Riigikantselei, lk 144
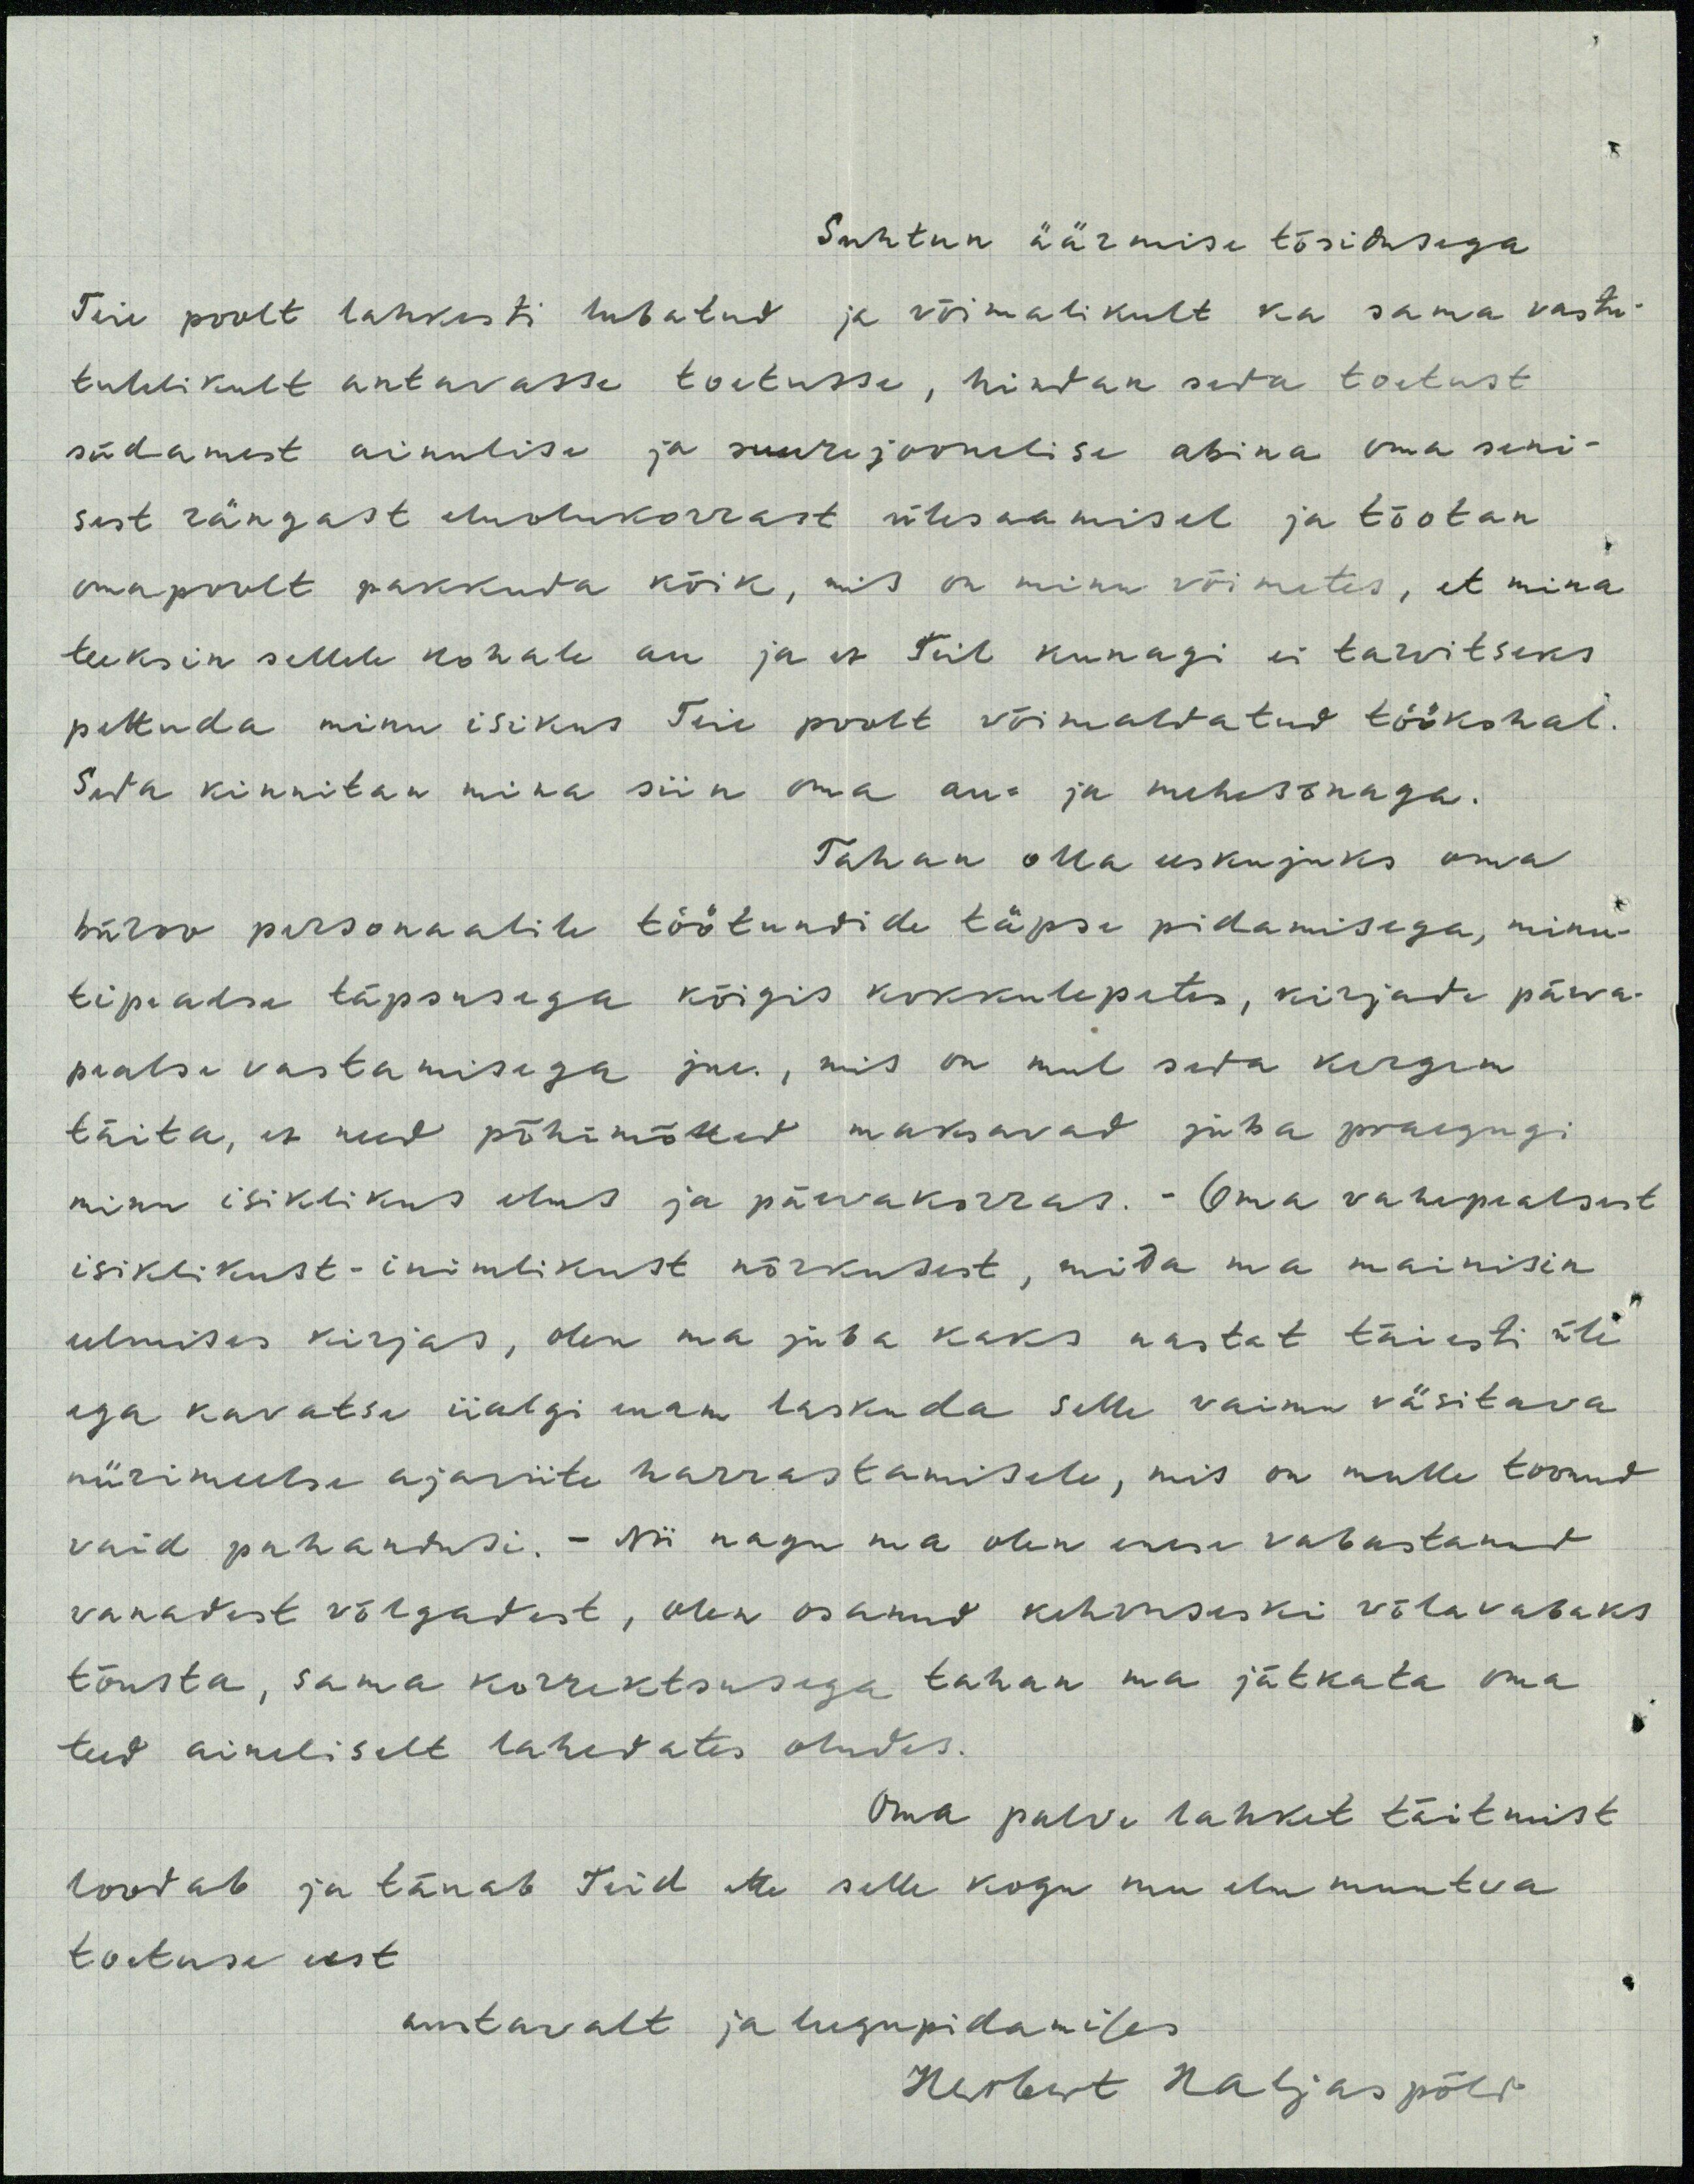
Suhtun äärmise tõsidusega
Teie poolt lahkesti lubatud ja võimalikult ka sama vastu-
tulelikult antavasse toetusse, hindan seda toetust
südamest ainulise ja suurejoonelise abina oma seni-
sest rängast eluolukorrast ülesaamisel ja tõotan
omapoolt pakkuda kõik, mis on minu võimetes, et mina
teeksin sellele kohale au ja et Teil kunagi ei tarvitseks
pettuda minu isikus Teie poolt võimaldatud töökohal.
Seda kinnitan mina siin oma au- ja mehesõnaga.
Tahan olla eeskujuks oma
büroo personalile töötundide täpse pidamisega, minu-
tipealse täpsusega kõigis kokkulepetes, kirjade päeva-
pealse vastamisega jne, mis on mul seda kergem
täita, et need põhimõtted maksavad juba praegugi
minu isiklikus elus ja päevakorras. - Oma vahepealsest
isiklikust-inimlikust nõrkusest, mida ma mainisin
eelmises kirjas, olen ma juba kaks aastat täiesti üle
ega kavatse iialgi enam laskuda selle vaimu väsitava
nürimeelse ajaviite harrastamisele, mis on mulle toonud
vaid pahandusi.- Nii nagu ma olen enese vabastanud
vanadest võlgadest, olen osanud kehvuseski võlavabaks
tõusta, sama korrektsusega tahan ma jätkata oma
teed aineliselt lahedates oludes.
Oma palve lahket täitmist
loodab ja tänab Teid Me selle kogu mu elu muutva
toetuse eest
austavalt ja lugupidamises
Herbert Haljaspõld